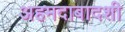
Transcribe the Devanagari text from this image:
अहमदाबादशी